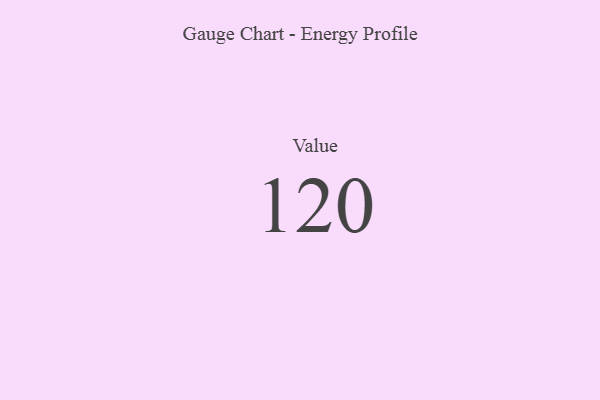
{"axis": {"x": "Metric", "y": "Value"}, "legend": [""], "data": [{"x": "Value", "y": 120, "type": ""}]}